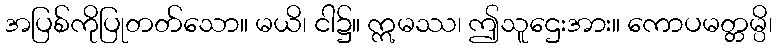
အပြစ်ကိုပြုတတ်သော။ မယိ၊ ငါ၌။ ဣမဿ၊ ဤသူဌေးအား။ ကောပမတ္တမ္ပိ၊